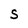
Character: S